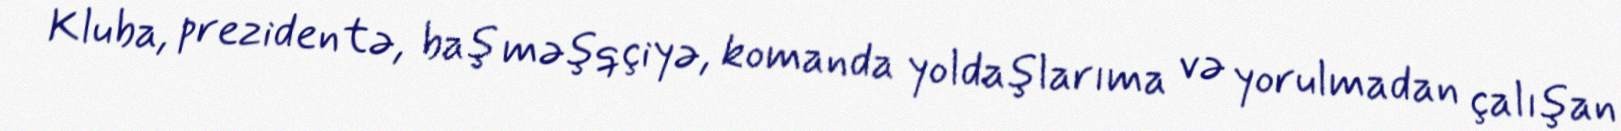
Kluba, prezidentə, baş məşqçiyə, komanda yoldaşlarıma və yorulmadan çalışan